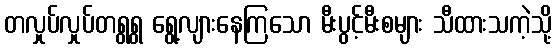
တလှုပ်လှုပ်တရွရွ ရွေ့လျားနေကြသော မီးပွင့်မီးစများ သီထားသကဲ့သို့